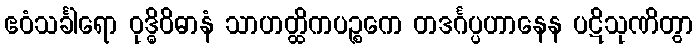
ဧဝံသင်္ခါရော ဝုဒ္ဓိဝိဓာနံ သာဟတ္ထိကပဉ္စကေ တဒင်္ဂပ္ပဟာနေန ပဋိသုဏိတွာ